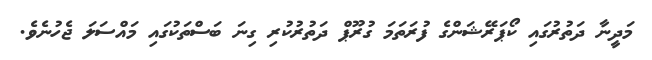
މަދީނާ ދަތުރުގައި ކޯޕަރޭޝަންގެ ފުރަތަމަ ގުރޫޕް ދަތުރުކުރި ގިނަ ބަސްތަކުގައި މައްސަލަ ޖެހުނެވެ.